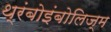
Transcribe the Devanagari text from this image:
थ्रंबोइंबोलिज्म